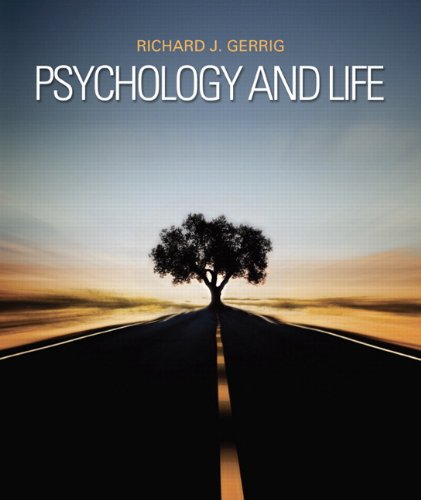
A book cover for Psychology and Life (20th Edition); Richard J. Gerrig; Medical Books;